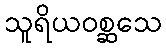
သူရိယဝစ္ဆသေ